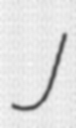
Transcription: J